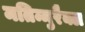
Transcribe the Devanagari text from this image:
मतिम्मुरैक्ल